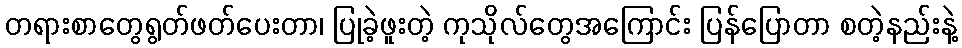
တရားစာတွေရွတ်ဖတ်ပေးတာ၊ ပြုခဲ့ဖူးတဲ့ ကုသိုလ်တွေအကြောင်း ပြန်ပြောတာ စတဲ့နည်းနဲ့